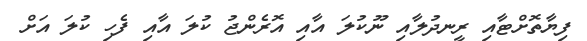
ފިޔާތޮށްޓާއި ރީނދުލާއި ނޫކުލަ އާއި އޮރެންޖު ކުލަ އާއި ފެހި ކުލަ އަށް